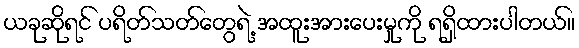
ယခုဆိုရင် ပရိတ်သတ်တွေရဲ့ အထူးအားပေးမှုကို ရရှိထားပါတယ်။